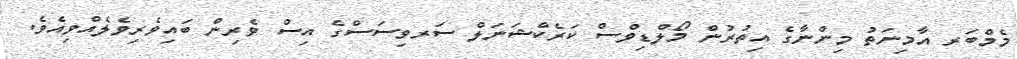
މެމްބަރ އާމިނަތު މިންނާގެ އިތުރުން މޯލްޑިވްސް ކަރެކްޝަނަލް ސަރވިސަސްގެ އިސް ވެރިން ބައިވެރިވެލެއްވިއެވެ.